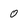
Character: 0